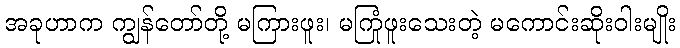
အခုဟာက ကျွန်တော်တို့ မကြားဖူး၊ မကြုံဖူးသေးတဲ့ မကောင်းဆိုးဝါးမျိုး